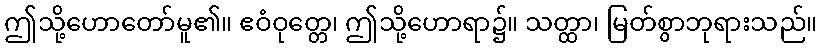
ဤသို့ဟောတော်မူ၏။ ဧဝံဝုတ္တေ၊ ဤသို့ဟောရာ၌။ သတ္ထာ၊ မြတ်စွာဘုရားသည်။